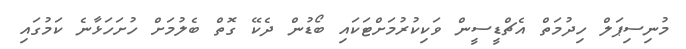
މުނިސިޕަލް ހިދުމަތް އެޗްޑީސީން ވަކިކުރުމަށްޓަކައި ބޯޑުން ދެކޭ ގޮތް ބެލުމަށް ހުށަހަޅާނެ ކަމުގައި